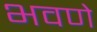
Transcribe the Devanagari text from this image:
भवणे